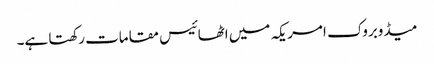
میڈوبروک امریکہ میں اٹھائیس مقامات رکھتا ہے۔